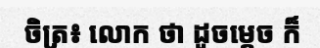
ចិត្រ៖ លោក ថា ដូចម្តេច ក៏